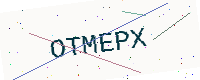
Text: OTMEPX